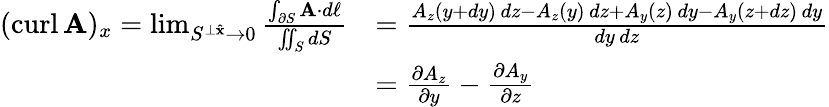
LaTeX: {\begin{array}{rl}{(\operatorname{curl}\mathbf{A})_{x}=\operatorname*{lim}_{S^{\perp\mathbf{\hat{x}}}\to 0}{\frac{\int_{\partial S}\mathbf{A}\cdot d\mathbf{\ell}}{\iint_{S}dS}}}&{={\frac{A_{z}(y+dy)\, dz-A_{z}(y)\, dz+A_{y}(z)\, dy-A_{y}(z+dz)\, dy}{dy\, dz}}}\\ &{={\frac{\partial A_{z}}{\partial y}}-{\frac{\partial A_{y}}{\partial z}}}\end{array}}